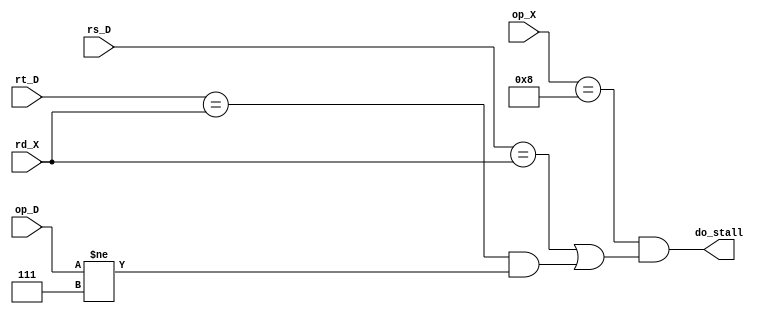
module normal_stall(do_stall, op_X, op_D, rs_D, rt_D, rd_X);
    output do_stall;
    input [4:0] op_X, op_D, rs_D, rt_D, rd_X;

    wire do_stall;
    wire is_load, check_rs, check_rt, not_store;

    assign is_load = (op_X == 5'b01000);
    assign check_rs = (rs_D == rd_X);
    assign check_rt = (rt_D == rd_X);
    assign not_store = (op_D != 5'b00111);

    assign do_stall = is_load && (check_rs || (check_rt && not_store));

endmodule